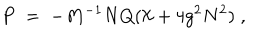
P \; = \; - M ^ { - 1 } N Q ( \aleph + 4 g ^ { 2 } N ^ { 2 } ) \; ,